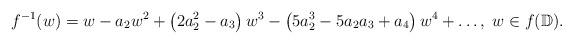
\begin{align*}f^{-1}(w)=w-a_2w^2+\left(2a_2^2-a_3\right)w^3-\left(5a_2^3-5a_2a_3+a_4\right)w^4+\dots,\;w\in f(\mathbb{D}).\end{align*}